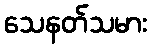
သေနတ်သမား